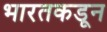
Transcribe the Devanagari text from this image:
भारतकडून